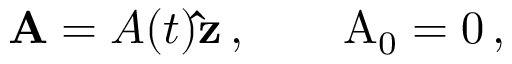
{ \bf A } = A ( t ) { \bf \hat { z } } \, , \qquad \mathrm { A _ { 0 } = 0 } \, ,